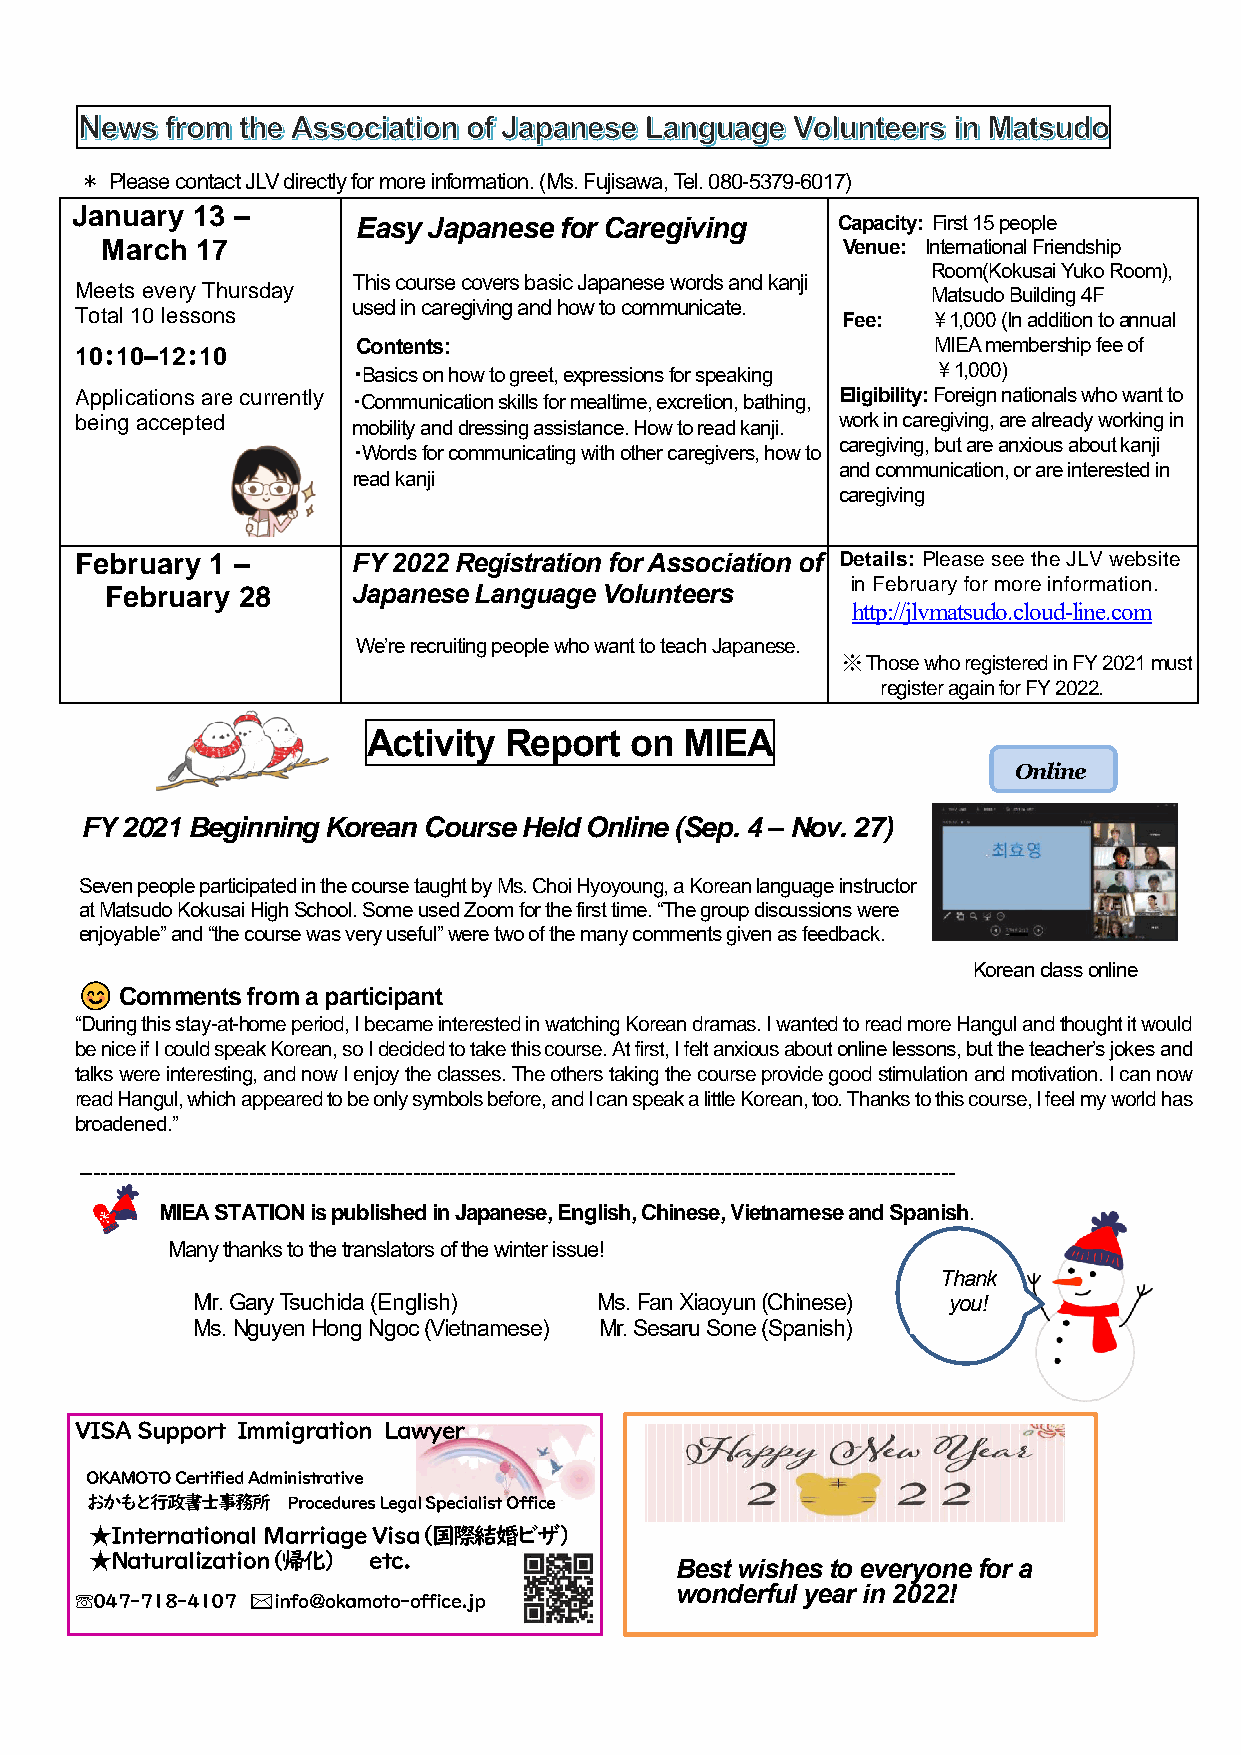
＊ Please contact JLV directly for more information. (Ms. Fujisawa, Tel. 080-5379-6017)
 January 13 –
 Easy Japanese for Caregiving   Capacity: First 15 people
 March 17                                         Venue: International Friendship
 This course covers basic Japanese words and kanji
 Room(Kokusai Yuko Room),
 Meets every Thursday                                     Matsudo Building 4F
 used in caregiving and how to communicate.
 Total 10 lessons                                   Fee:  ￥1,000 (In addition to annual
 Contents:                             MIEA membership fee of
 10：10–12：10
 ・Basics on how to greet, expressions for speaking ￥1,000)
 Applications are currently ・Communication skills for mealtime, excretion, bathing, Eligibility: Foreign nationals who want to
 being accepted    mobility and dressing assistance. How to read kanji. work in caregiving, are already working in
 caregiving, but are anxious about kanji
 ・Words for communicating with other caregivers, how to
 and communication, or are interested in
 read kanji
 caregiving
 February 1 –      FY 2022 Registration for Association of Details: Please see the JLV website
 in February for more information.
 February 28     Japanese Language Volunteers
 http://jlvmatsudo.cloud-line.com
 We’re recruiting people who want to teach Japanese.
 ※ Those who registered in FY 2021 must
 register again for FY 2022.
 Activity Report   on MIEA
 Online
 FY 2021 Beginning Korean Course Held Online (Sep. 4 – Nov. 27)
 Seven people participated in the course taught by Ms. Choi Hyoyoung, a Korean language instructor
 at Matsudo Kokusai High School. Some used Zoom for the first time. “The group discussions were
 enjoyable” and “the course was very useful” were two of the many comments given as feedback.
 Korean class online
 Comments from a participant
 “During this stay-at-home period, I became interested in watching Korean dramas. I wanted to read more Hangul and thought it would
 be nice if I could speak Korean, so I decided to take this course. At first, I felt anxious about online lessons, but the teacher’s jokes and
 talks were interesting, and now I enjoy the classes. The others taking the course provide good stimulation and motivation. I can now
 read Hangul, which appeared to be only symbols before, and I can speak a little Korean, too. Thanks to this course, I feel my world has
 broadened.”
 ----------------------------------------------------------------------------------------------------------------------
 MIEA STATION is published in Japanese, English, Chinese, Vietnamese and Spanish.
 Many thanks to the translators of the winter issue!
 Thank
 Mr. Gary Tsuchida (English) Ms. Fan Xiaoyun (Chinese) you!
 Ms. Nguyen Hong Ngoc (Vietnamese) Mr. Sesaru Sone (Spanish)
 VISA Support Immigration Lawyer
 OKAMOTO Certified Administrative
 おかもと行政書士事務所  Procedures Legal Specialist Office
 ★International Marriage Visa（国際結婚ビザ）
 ★Naturalization（帰化） etc.
 Best wishes to everyone for a
 wonderful year in 2022!
 ☏047-718-4107 ✉info@okamoto-office.jp